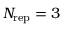
N _ { \mathrm { r e p } } = 3